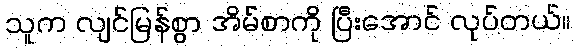
သူက လျင်မြန်စွာ အိမ်စာကို ပြီးအောင် လုပ်တယ်။